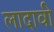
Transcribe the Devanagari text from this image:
लादावी